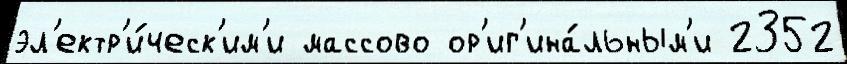
эл'ектр'и́ческ'им'и массово ор'иг'ина́льным'и 2352